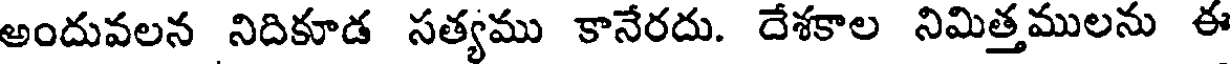
అందువలన నిదికూడ సత్యము కానేరదు. దేశకాల నిమిత్తములను ఈ